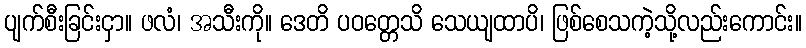
ပျက်စီးခြင်းငှာ။ ဖလံ၊ အသီးကို။ ဒေတိ ပဝတ္တေသိ သေယျထာပိ၊ ဖြစ်စေသကဲ့သို့လည်းကောင်း။